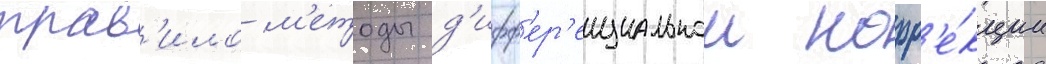
прав'ило м'етоды д'ифф'ер'енциальнои корр'е́кции